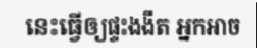
នេះធ្វើឲ្យផ្ទះងងឹត អ្នកអាច